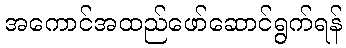
အကောင်အထည်ဖော်ဆောင်ရွက်ရန်